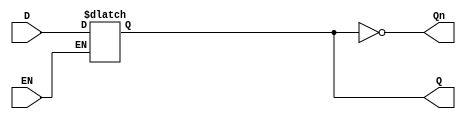
module LatchRegister (
    input wire D,      // Data Input
    input wire EN,     // Enable Signal
    output reg Q,      // Data Output
    output wire Qn     // Inverted Output
);

// Inverted output is simply the complement of Q
assign Qn = ~Q;

// Always block to model the behavior of the latch
always @(*) begin
    if (EN) begin
        Q = D; // Capture the input when EN is high
    end
    // When EN is low, Q retains its previous state (implicit)
end

endmodule